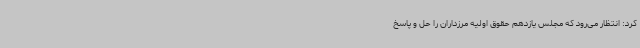
کرد: انتظار می‌رود که مجلس یازدهم حقوق اولیه مرزداران را حل و پاسخ